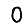
Digit: 0